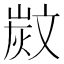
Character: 𣁗